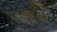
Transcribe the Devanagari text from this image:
५२८०